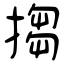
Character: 搊